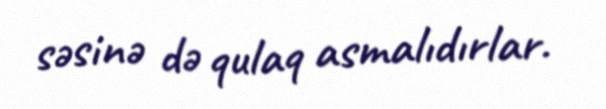
səsinə də qulaq asmalıdırlar.